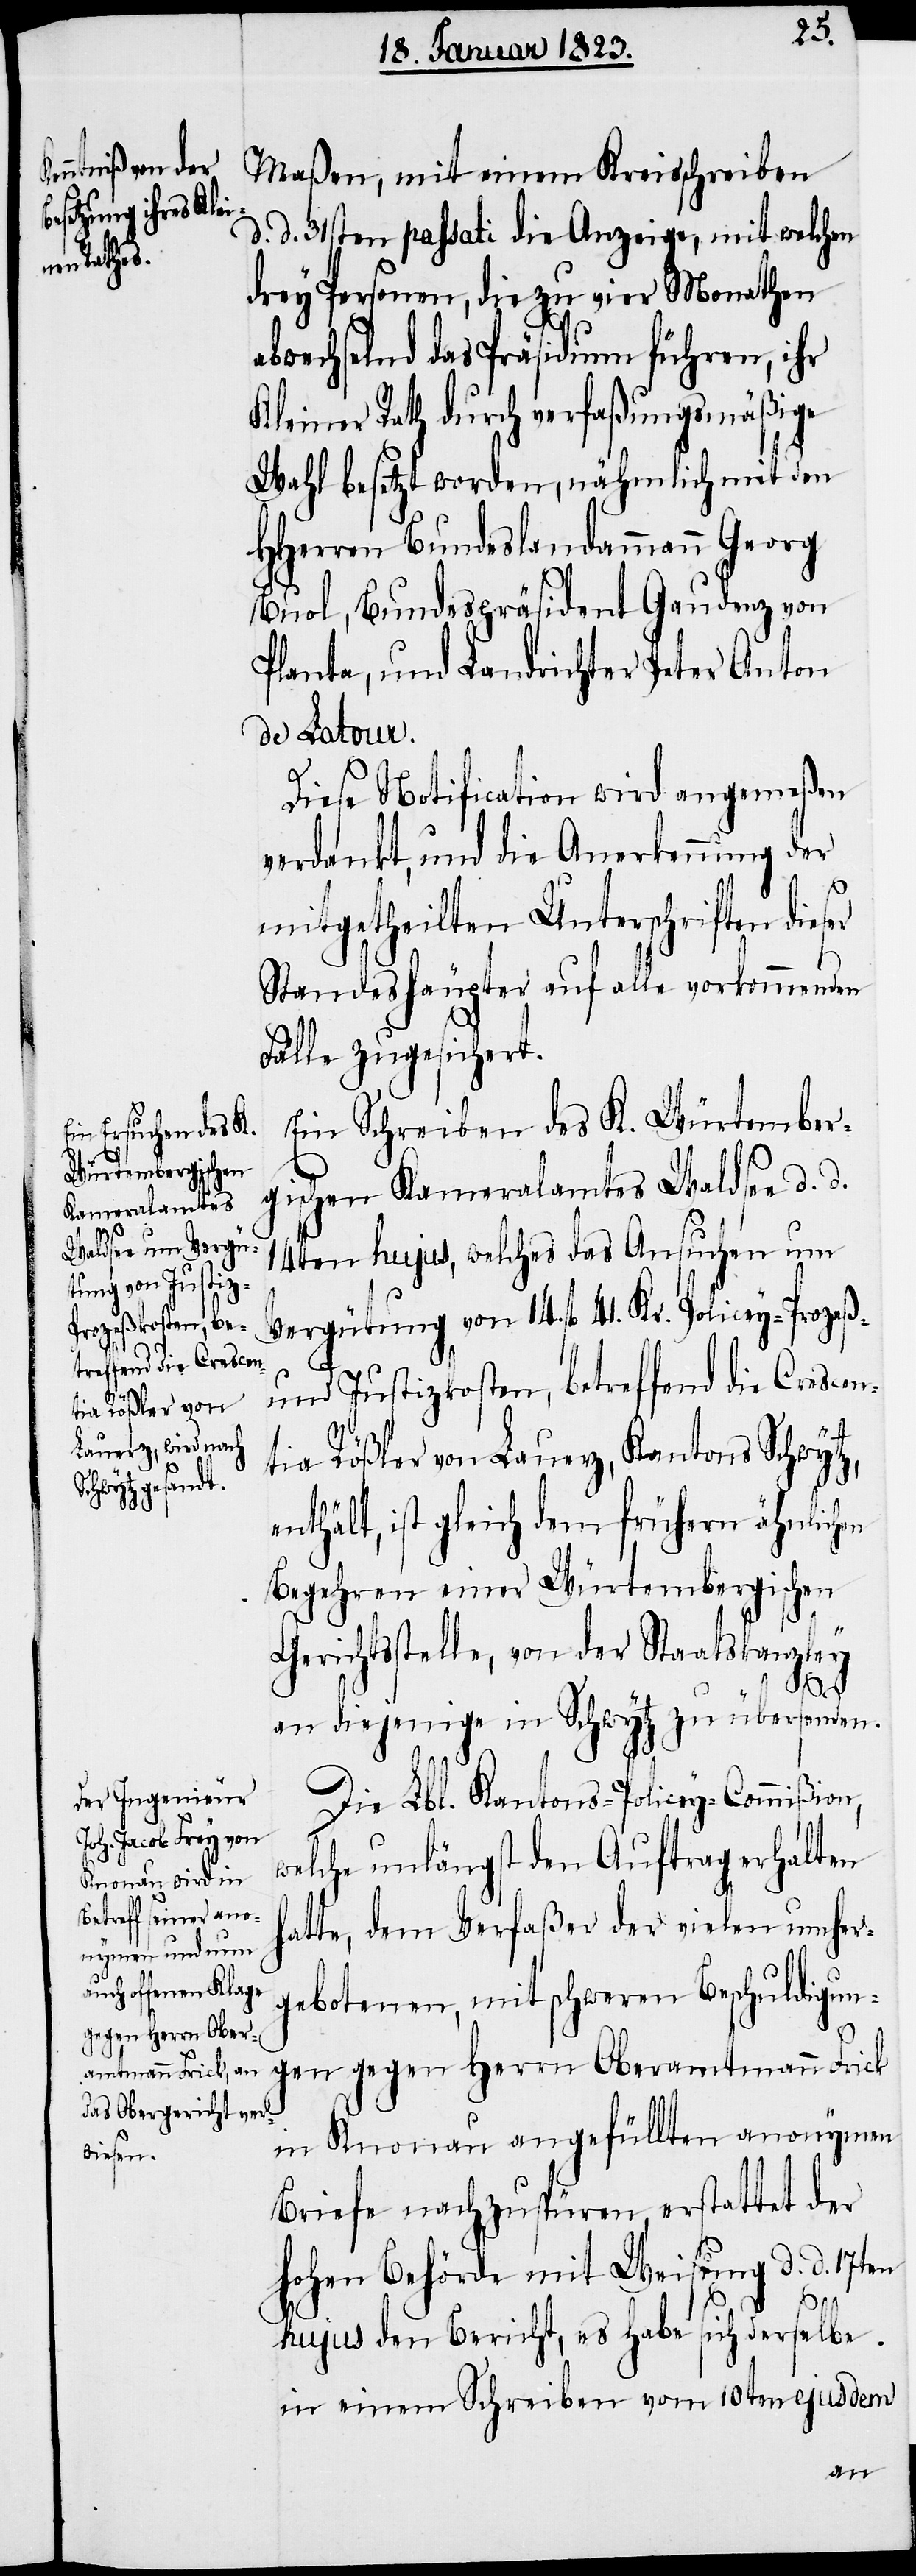
Maßen, mit einem Kreisschreiben
d. 31sten passati die Anzeige, mit welchen
drey Personen, die zu vier Monathen
abwechselnd das Präsidium führen, ihr
Kleiner Rath durch verfaßungsmäßige
Wahl besetzt worden, nähmlich mit den
HHerren Bundeslandammann Georg
Buol, Bundespräsident Gaudenz von
Planta, und Landrichter Peter Anton
de Latour.
Diese Notification wird angemeßen
verdankt, und die Anerkennung der
mitgetheilten Unterschriften dieser
Standeshäupter auf alle vorkommenden
Fälle zugesichert.
Ein Schreiben des K. Würtember¬
gischen Kameralamtes Waldsee d. d.
14ten hujus, welches das Ansuchen um
Vergütung von 14. fl. 41. Kr. Policey-[,]
und Justizkosten, betreffend die Crescen¬
tia Rößler von Lauerz, Kantons Schwytz,
enthält, ist gleich dem frühern ähnlichen
Begehren einer Würtembergischen
Gerichtsstelle, von der Staatskanzley
h¬
an diejenige in Schwytz zu übersenden.
d.
Die Lbl. Kantons-Policey-Commißion,
welche unlängst den Auftrag erhalten
atte, dem Verfaßer die vielen umher¬
gebotenen, mit schweren Beschuldigun¬
gen gegen Herrn Oberamtmann Frick
in Knonau angefüllten anonymen
Briefe nachzuspüren, erstattet der
hohen Behörde mit Weisung d. d. 17ten
hujus den Bericht, es habe sich derselbe
in einem Schreiben vom 10ten ejusdem